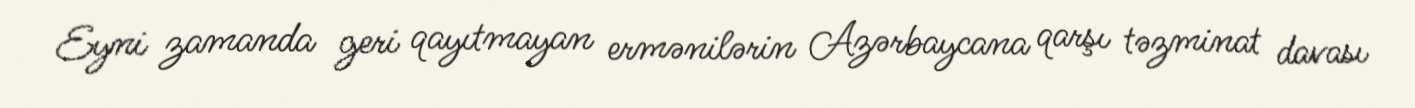
Eyni zamanda geri qayıtmayan ermənilərin Azərbaycana qarşı təzminat davası